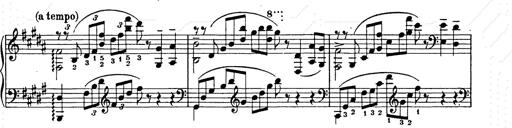
Title: Ballade No.2
Composer: Jan Skrzydlewski
Key: B minor